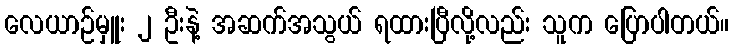
လေယာဉ်မှူး ၂ ဦးနဲ့ အဆက်အသွယ် ရထားပြီလို့လည်း သူက ပြောပါတယ်။